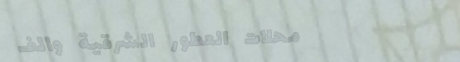
محلات العطور الشرقية والف